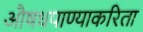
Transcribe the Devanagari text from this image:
औषधपाण्याकरिता